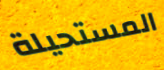
المستحيلة